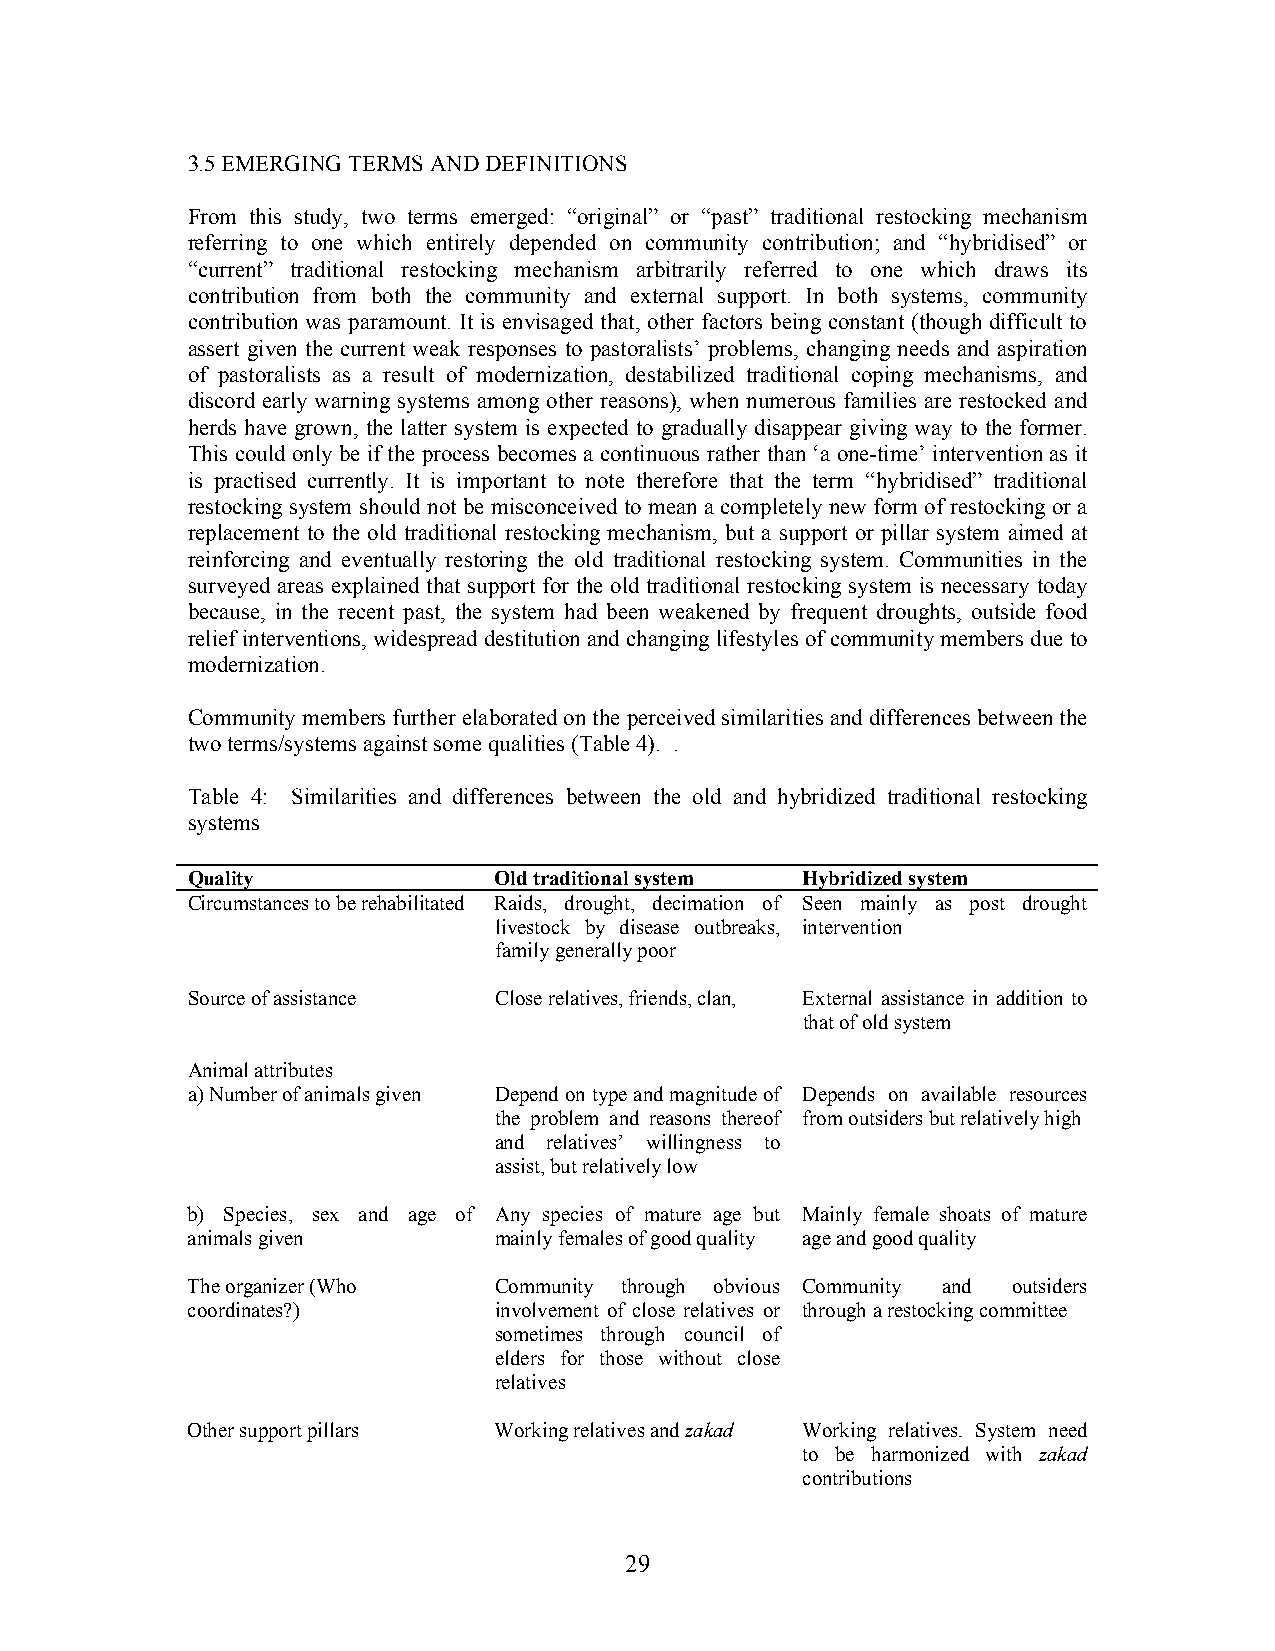
3.5 EMERGING TERMS AND DEFINITIONS
 From this study, two terms emerged: “original” or “past” traditional restocking mechanism
 referring to one which entirely depended on community contribution; and “hybridised” or
 “current” traditional restocking mechanism arbitrarily referred to one which draws its
 contribution from both the community and external support. In both systems, community
 contribution was paramount. It is envisaged that, other factors being constant (though difficult to
 assert given the current weak responses to pastoralists’ problems, changing needs and aspiration
 of pastoralists as a result of modernization, destabilized traditional coping mechanisms, and
 discord early warning systems among other reasons), when numerous families are restocked and
 herds have grown, the latter system is expected to gradually disappear giving way to the former.
 This could only be if the process becomes a continuous rather than ‘a one-time’ intervention as it
 is practised currently. It is important to note therefore that the term “hybridised” traditional
 restocking system should not be misconceived to mean a completely new form of restocking or a
 replacement to the old traditional restocking mechanism, but a support or pillar system aimed at
 reinforcing and eventually restoring the old traditional restocking system. Communities in the
 surveyed areas explained that support for the old traditional restocking system is necessary today
 because, in the recent past, the system had been weakened by frequent droughts, outside food
 relief interventions, widespread destitution and changing lifestyles of community members due to
 modernization.
 Community members further elaborated on the perceived similarities and differences between the
 two terms/systems against some qualities (Table 4). .
 Table 4: Similarities and differences between the old and hybridized traditional restocking
 systems
 Quality              Old traditional system Hybridized system
 Circumstances to be rehabilitated Raids, drought, decimation of Seen mainly as post drought
 livestock by disease outbreaks, intervention
 family generally poor
 Source of assistance Close relatives, friends, clan, External assistance in addition to
 that of old system
 Animal attributes
 a) Number of animals given Depend on type and magnitude of Depends on available resources
 the problem and reasons thereof from outsiders but relatively high
 and relatives’ willingness to
 assist, but relatively low
 b) Species, sex and age of Any species of mature age but Mainly female shoats of mature
 animals given        mainly females of good quality age and good quality
 The organizer (Who   Community through obvious Community and outsiders
 coordinates?)        involvement of close relatives or through a restocking committee
 sometimes through council of
 elders for those without close
 relatives
 Other support pillars Working relatives and zakad Working relatives. System need
 to be harmonized with zakad
 contributions
 29